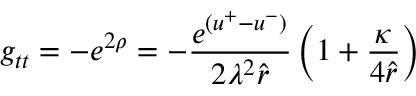
g _ { t t } = - e ^ { 2 \rho } = - \frac { e ^ { ( u ^ { + } - u ^ { - } ) } } { 2 \lambda ^ { 2 } \hat { r } } \left( 1 + \frac { \kappa } { 4 \hat { r } } \right)